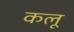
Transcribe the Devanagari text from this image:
कलू